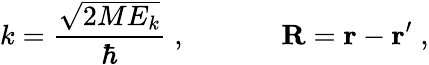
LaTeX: k=\frac{\sqrt{2ME_{k}}}{\hbar}\; ,\; \; \; \; \; \; \; \; \; \; \; \; {\mathbf R}={\mathbf r}-{\mathbf r}^{\prime}\; ,